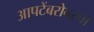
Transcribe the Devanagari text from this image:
आपटेंबरोबरचा